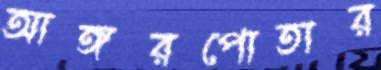
আঙ্গরপোতার